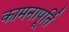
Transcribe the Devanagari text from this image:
कामनापूर्ति